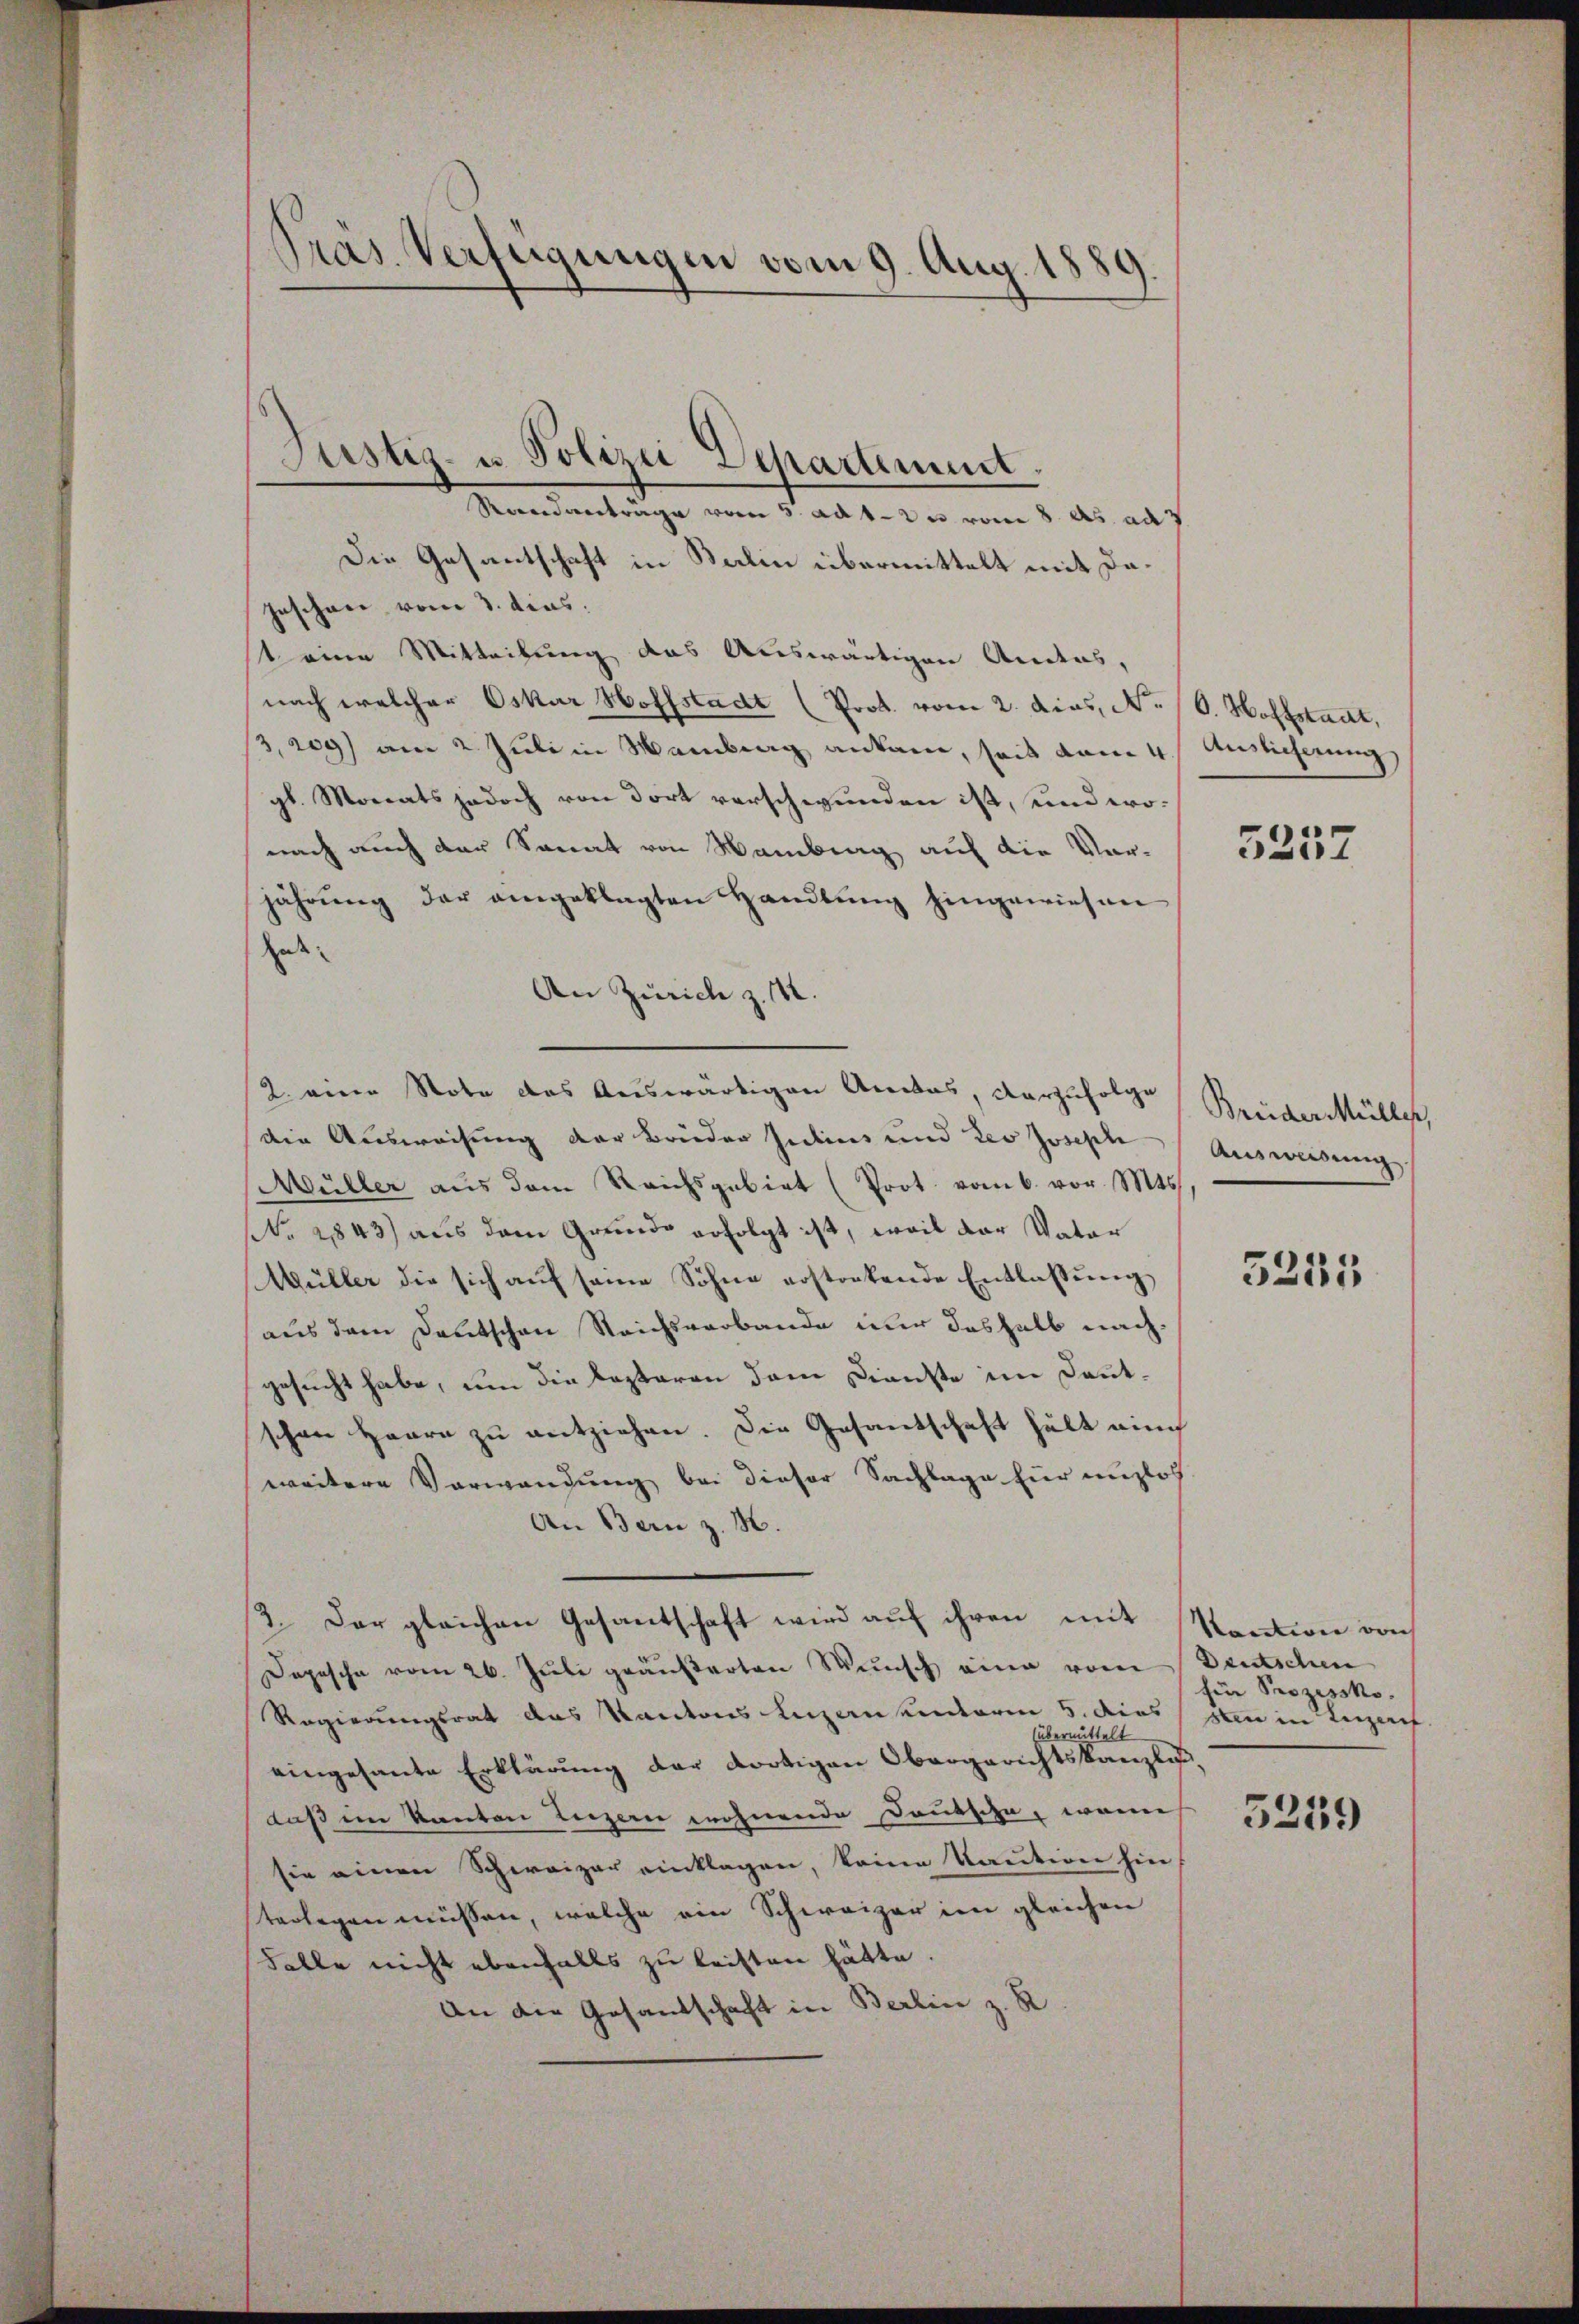
Präs. Verfügungen vom 9. Aug. 1889

Justiz- u. Polizei Departement.
Randanträge vom 5. ad 1. 2. vom 8. ds. ad 1

Die Gesantschaft in Balin übermittelt mit Da¬
Geschon vom 3. dies
st eine Mitteilung das Auswärtigen Andens,
nach welcher Oskar Hoffstadt (Prot. vom 2. dies, N. (O. Hoffstant,
3,209) am 2. Juli in Membra ankam, seit vom 4. Auslicherung
gl. Monats jedoch von dort verschwunden ist, und wonach auch der Sonat von Hamburg auf die Vor-
jährŭng der angeklagten Handlŭng hingewiesen
Ent
An Zürich z. B.
2. eine Note das Auswärtigen Anitas, vorzufolge
die Ausweisung der Brueder Judius und des Joseph
Wüller aŭs dem Reichsgebiet (Prot. vom 6. vor. Mts.
NNo. 2843) aus dem Grunde erfolgt ist, weil der Vater
Müller die sich auf seine Söhne erstorbende Entlassung
aus dem Deutschen Reichsverbande nur deshalb nachgesucht habe, um die besteren dem Dienste im Deutschen Haare zu entziehen. Die Gesantschaft hält auch
weitere Verwendung bei dieser Sachlage für unzlos
An Bern z. B.
2. Der gleichen Gesantschaft wird auf ihren mit Kontion von
Depesche vom 26. Juli geäußerten Wunsch eine vom Deutschen
Regierungsrat das Kantons Luzaneinterm 5. dies sten in Luzach
(übermittelt
eingesante Erklärung der dortigen Obergerichtskanzlis
daß im Kanton Luzern wohnende Deutsche, wenn
sie einen Schweizer einklagen, keine Kaution hin
terlegen müssen, welche ein Schweizer im gleichen
Falle nicht ebenfalls zu leisten hätte.
An die Gesandschaft in Berlin z. B

5257

Brüder Müller,
Ausweisung.

5235

hi Prozessko.

5259